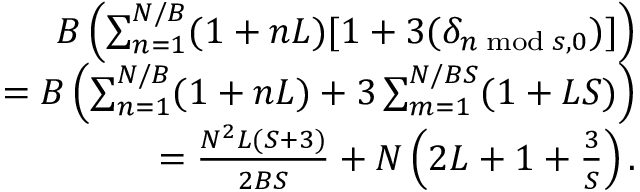
\begin{array} { r } { B \left( \sum _ { n = 1 } ^ { N / B } ( 1 + n L ) [ 1 + 3 ( \delta _ { n \; \mathrm { m o d } \; s , 0 } ) ] \right) } \\ { = B \left( \sum _ { n = 1 } ^ { N / B } ( 1 + n L ) + 3 \sum _ { m = 1 } ^ { N / B S } ( 1 + L S ) \right) } \\ { = \frac { N ^ { 2 } L ( S + 3 ) } { 2 B S } + N \left( 2 L + 1 + \frac { 3 } { S } \right) . } \end{array}